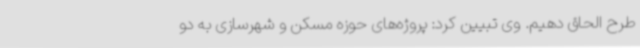
طرح الحاق دهیم. وی تبیین کرد: پروژه‌های حوزه مسکن و شهرسازی به دو